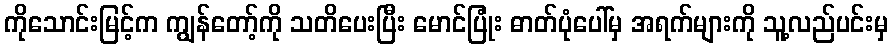
ကိုသောင်းမြင့်က ကျွန်တော့်ကို သတိပေးပြီး မောင်ပြုံး ဓာတ်ပုံပေါ်မှ အရက်များကို သူ့လည်ပင်းမှ